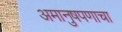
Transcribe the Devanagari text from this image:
अमानुषपणाचा